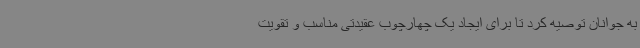
به جوانان توصیه کرد تا برای ایجاد یک چهارچوب عقیدتی مناسب و تقویت